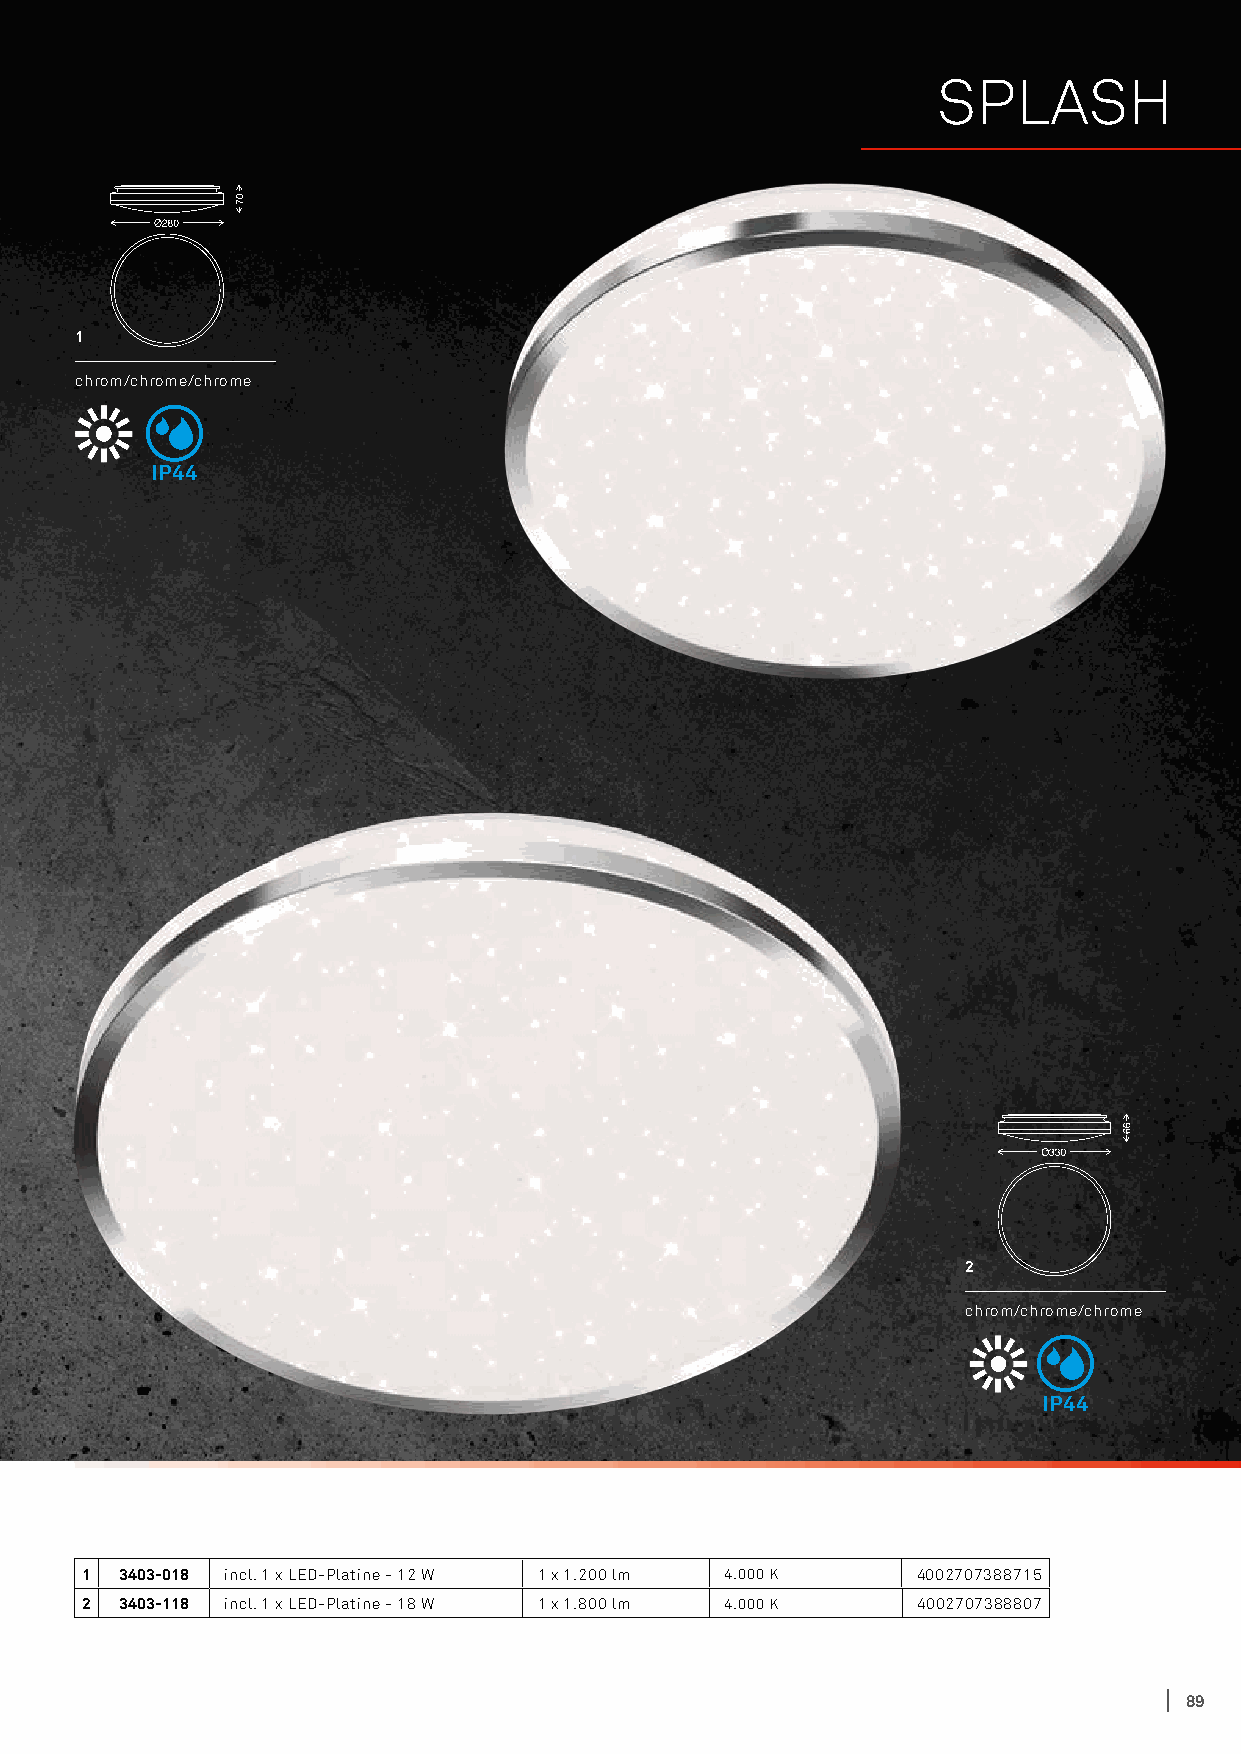
SPLASH
 1
 chrom/chrome/chrome
 IP44
 2
 chrom/chrome/chrome
 IP44
 1  3403-018 incl. 1 x LED-Platine - 12 W 1 x 1.200 lm 4.000 K 4002707388715
 2  3403-118 incl. 1 x LED-Platine - 18 W 1 x 1.800 lm 4.000 K 4002707388807
 89